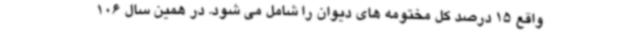
واقع 15 درصد کل مختومه های دیوان را شامل می شود. در همین سال 106